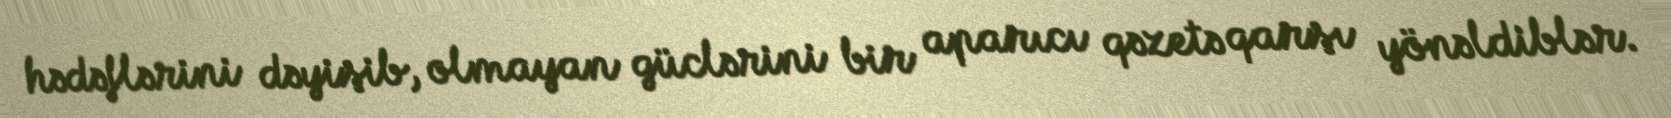
hədəflərini dəyişib, olmayan güclərini bir aparıcı qəzetə qarşı yönəldiblər.